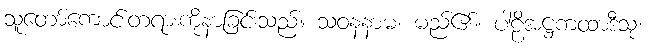
သူတော်ကောင်းတရားကိုနာခြင်းသည်။ သဝနံနာမ၊ မည်၏။ ပါဠိအဋ္ဌကထာဒီသု၊